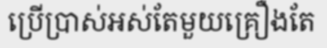
ប្រើប្រាស់អស់តែមួយគ្រឿងតែ